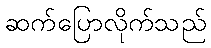
ဆက်ပြောလိုက်သည်